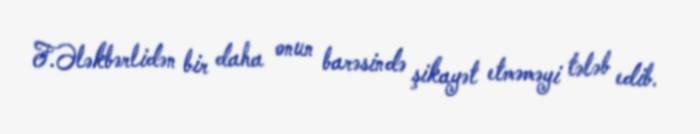
F.Ələkbərlidən bir daha onun barəsində şikayət etməməyi tələb edib.